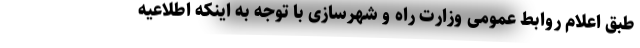
طبق اعلام روابط عمومی وزارت راه و شهرسازی با توجه به اینکه اطلاعیه